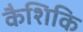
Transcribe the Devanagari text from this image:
कैशिकि